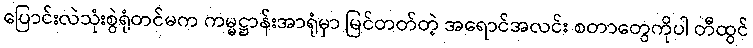
ပြောင်းလဲသုံးစွဲရုံတင်မက ကမ္မဋ္ဌာန်းအာရုံမှာ မြင်တတ်တဲ့ အရောင်အလင်း စတာတွေကိုပါ တီထွင်